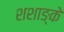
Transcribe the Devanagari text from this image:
शशाङ्के